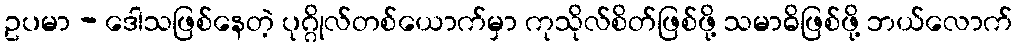
ဥပမာ - ဒေါသဖြစ်နေတဲ့ ပုဂ္ဂိုလ်တစ်ယောက်မှာ ကုသိုလ်စိတ်ဖြစ်ဖို့ သမာဓိဖြစ်ဖို့ ဘယ်လောက်